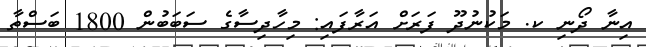
އިނާ ދޯނި ކ. މަކުނުދޫ ފަރަށް އަރާފައި: މިހާދިސާގެ ސަބަބުން 1800 ބަސްތާ